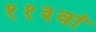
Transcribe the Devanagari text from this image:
११३वां